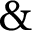
\&